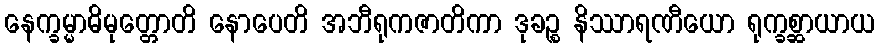
နေက္ခမ္မာဓိမုတ္တောတိ နောပေတိ အဘီရုကဇာတိကာ ဒုခဉ္စ နိဿာရဏီယော ရုက္ခစ္ဆာယာယ